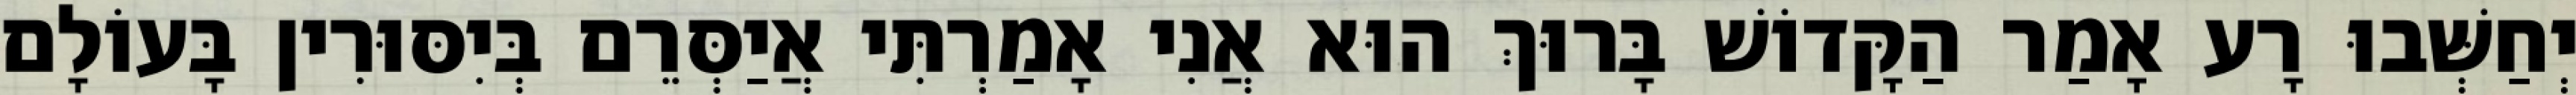
יְחַשְּׁבוּ רָע אָמַר הַקָּדוֹשׁ בָּרוּךְ הוּא אֲנִי אָמַרְתִּי אֲיַסְּרֵם בְּיִסּוּרִין בָּעוֹלָם